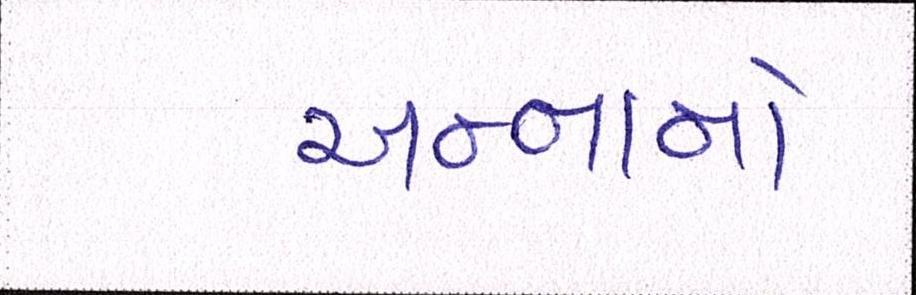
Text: અન્નાનો